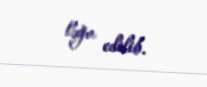
ləğv edilib.